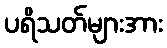
ပရိသတ်များအား